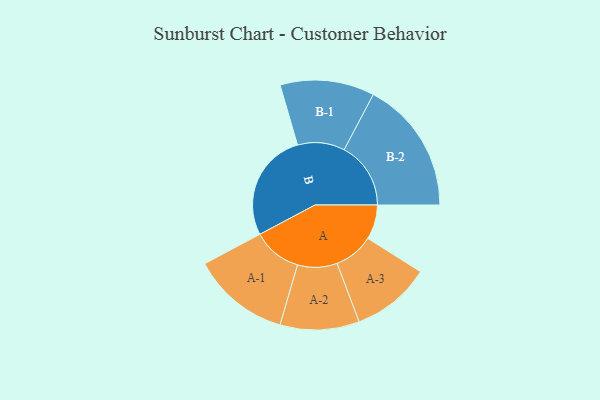
{"axis": {"x": "Segment", "y": "Value"}, "legend": ["", "A", "B"], "data": [{"x": "A", "y": 151, "type": ""}, {"x": "B", "y": 476, "type": ""}, {"x": "A-1", "y": 214, "type": "A"}, {"x": "A-2", "y": 173, "type": "A"}, {"x": "A-3", "y": 173, "type": "A"}, {"x": "B-1", "y": 206, "type": "B"}, {"x": "B-2", "y": 291, "type": "B"}]}